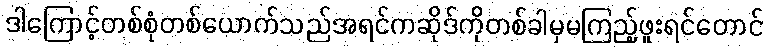
ဒါကြောင့်တစ်စုံတစ်ယောက်သည်အရင်ကဆိုဒ်ကိုတစ်ခါမှမကြည့်ဖူးရင်တောင်